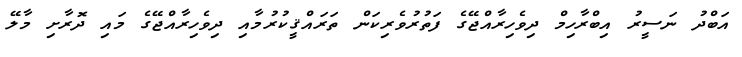
އަބްދު ނަސީރު އިބްރާހިމް ދިވެހިރާއްޖޭގެ ފަތުރުވެރިކަން ތަރައްޤީކުރުމާއި ދިވެހިރާއްޖޭގެ މައި ދޮރާށި މާލޭ